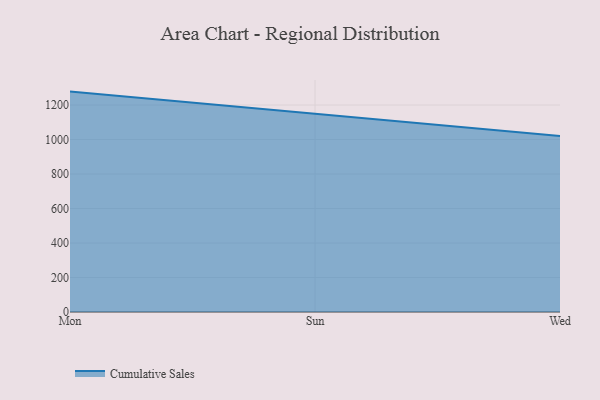
{"axis": {"x": "Day", "y": "Temperature (°C)"}, "legend": ["Cumulative Sales"], "data": [{"x": "Mon", "y": 1277.9, "type": "Cumulative Sales"}, {"x": "Sun", "y": 1147.4, "type": "Cumulative Sales"}, {"x": "Wed", "y": 1020.5, "type": "Cumulative Sales"}]}